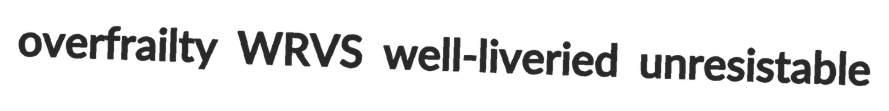
overfrailty WRVS well-liveried unresistable